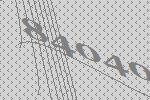
84040